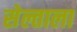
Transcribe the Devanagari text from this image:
सेल्ताला